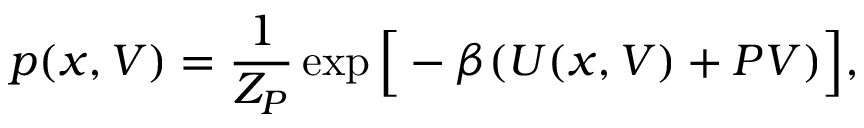
p ( x , V ) = \frac { 1 } { Z _ { P } } \exp \Big [ - \beta ( U ( x , V ) + P V ) \Big ] ,